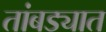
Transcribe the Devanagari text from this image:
तांबड्यात